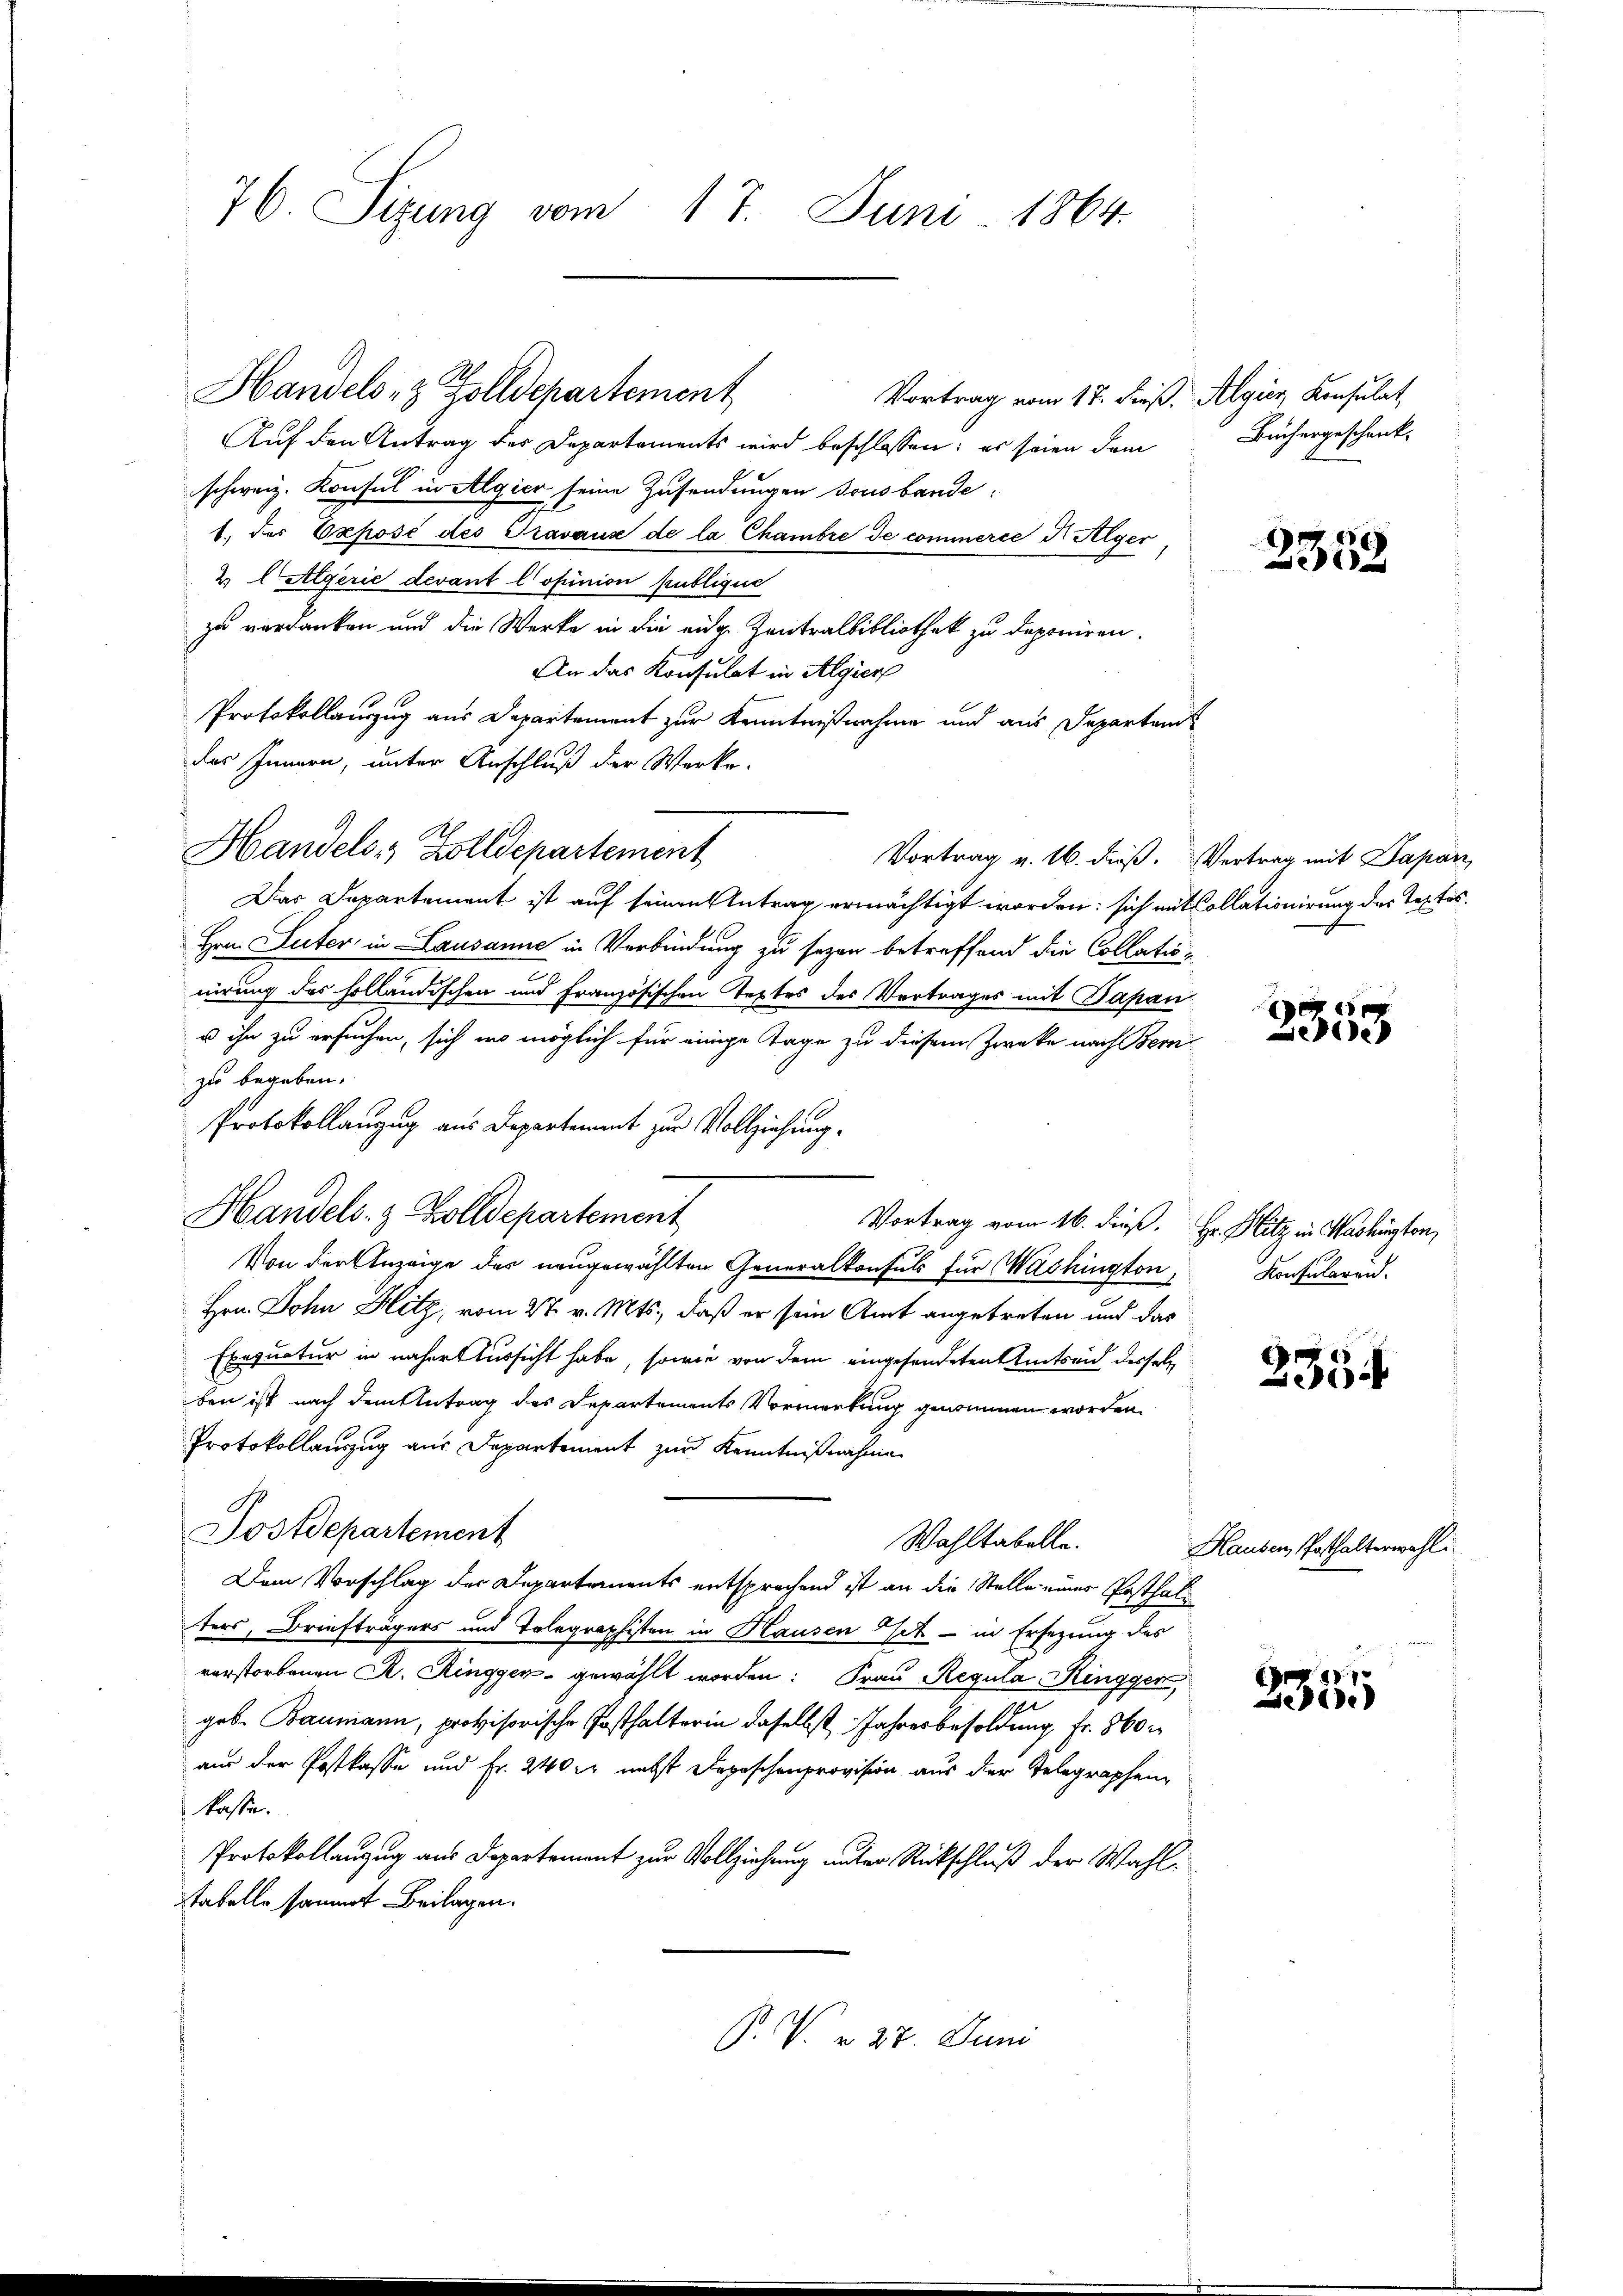
76. Sizung vom 17. Juni 1864.

Handels Zolldepartement

Vortrag vom 17. dieß. Algier, Konsulat,
Auf den Antrag der Departements wird beschlossen: es seien dem
schweiz. Konsul in Algier seine Zusendungen sous bande:
1. der Exposé des Gravaus de la Chambre de commerce d. Alger
2 l Algerie devant l’opinion publique
zu verdanken und die Werke in die eine Zentralbibliothek zu deponiren.
An das Konsulat in Algier
Protokollauszug aus Departement zur Kenntnißnahme und aus Departamt
des Innern, unter Anschluß der Werke.
Vortrag v. 16. dieß. Vertrag mit Papan,
Das Departement ist auf seinen Antrag ermächtigt worden: sich mit Collationirung des Textes.
Hrn. Suter in Lausanne in Verbindung zu sezen betreffend die Collationirung des holländischen und Französischen Textes des Vertrages mit Papan
u ihn zu ersuchen, sich wo möglich für einige Tage zu diesem Zwecke nach Bern
zu begeben.
Protokollanzug aus Departement zur Vollziehung.
Handels- & Zolldepartement
Vortrag vom 16. dieß. Hr. Hitz in Washüten,
Von der Anzeige der neugewählten Generalkonsuls für Washington,
Hrn. John Hitz, vom 27. v. Mts., daß er sein Amt angetreten und das
Exequatur in naher Aussicht habe, sowie von dem eingesendeten Amtseid derselb
ben ist nach dem Antrag des Departements Vormerkung genommen worden.
Protokollauszug aus Departement zur Kenntnißnahmen
Postdepartement
Wahltabelle.
Dem Vorschlag der Departements entsprechend ist an die Stelle eines Posthalters, Briefträgers und Tolegraphisten in Hausen Get - in Ersezung des
vorstorbenen R. Ringger gewählt worden: Frau Regula, Ringgen,
geb. Baumann, provisorische Posthalterin daselbst Jahresbesoldung fr. 860
aus der Postkasse und Fr. 240 rt nebst Depeschenprovision aus der Telegraphen
kasse.
Protokollanzug aus Departement zur Vollziehung unter Rückschluß der Wahltabelle sammt Beilagen.
P. V. v. 27. Juni

Handels- & Zolldepartement

Büchergeschenk.

2358

e
See

Konsularend.

2354

Hausen, Posthalterwahl

235